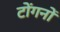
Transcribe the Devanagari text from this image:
टोंगनों